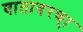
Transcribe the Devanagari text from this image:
वातावरण्ा